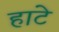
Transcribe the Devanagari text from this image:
हाटे